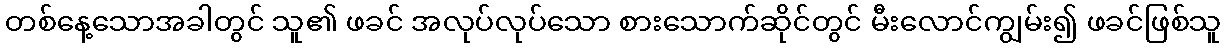
တစ်နေ့သောအခါတွင် သူ၏ ဖခင် အလုပ်လုပ်သော စားသောက်ဆိုင်တွင် မီးလောင်ကျွမ်း၍ ဖခင်ဖြစ်သူ